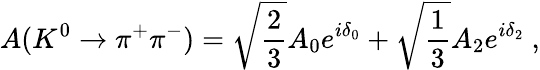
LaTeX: A(K^{0}\rightarrow\pi^{+}\pi^{-})=\sqrt{\frac{2}{3}}A_{0}e^{i\delta_{0}}+\sqrt{\frac{1}{3}}A_{2}e^{i\delta_{2}}~,